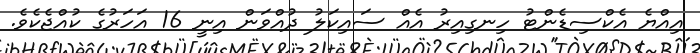
އިއްޔެ އެކްސިޑެންޓު ހިނގިއިރު އެއް ސައިކަލު ދުއްވަން އިނީ 16 އަހަރުގެ ކުއްޖެކެވެ.